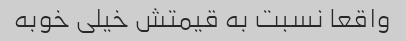
واقعا نسبت به قیمتش خیلی خوبه